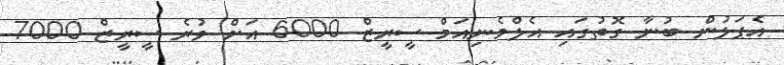
އެޕަލުން ބުނާ ގޮތުގައި އެލްމެނިއަމް ސީރީޒް 6000 އަށް ވުރެ ސީރީޒް 7000